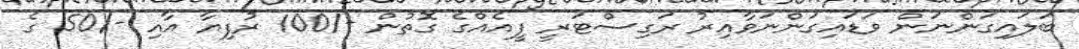
ބަލައިގަންނަން ވަޑައިގަންނަވާއިރު ރަގިސްޓަރީ ފީއެއްގެ ގޮތުން -/100 ރުފިޔާ އާއި -/50 ގެ